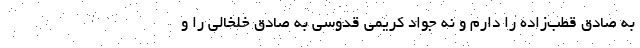
به صادق قطب‌زاده را دارم و نه جواد کریمی قدوسی به صادق خلخالی را و